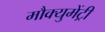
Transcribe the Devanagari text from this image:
मौक्युमेंट्री